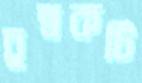
চুম্বকটি